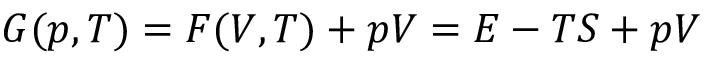
G ( p , T ) = F ( V , T ) + p V = E - T S + p V